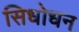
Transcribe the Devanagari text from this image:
सिधोधन